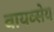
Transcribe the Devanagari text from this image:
वायव्सेय